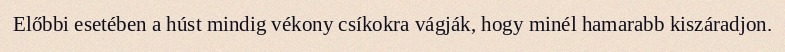
Előbbi esetében a húst mindig vékony csíkokra vágják, hogy minél hamarabb kiszáradjon.